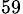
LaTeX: _{59}